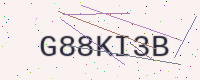
Text: G88KI3B